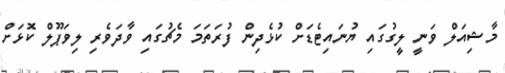
މާޝިއަލް ވަނީ ލީގުގައި ޔުނައިޓެޑަށް ކުޅެދިން ފުރަތަމަ މެޗުގައި ވާދަވެރި ލިވަޕޫލް ކޮޅަށް